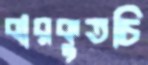
বারকুতচি